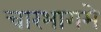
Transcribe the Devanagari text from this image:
चारभागमे